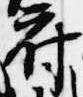
府